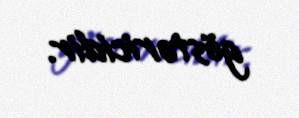
göstəricidir.